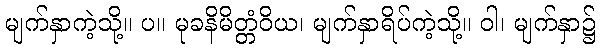
မျက်နှာကဲ့သို့။ ပ။ မုခနိမိတ္တံဝိယ၊ မျက်နှာရိပ်ကဲ့သို့။ ဝါ၊ မျက်နှာ၌